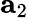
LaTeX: {\mathbf a}_{2}